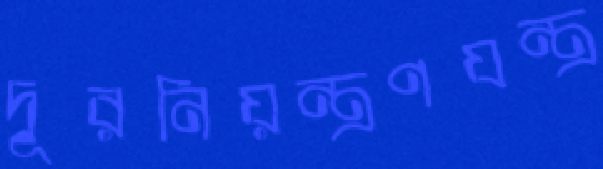
দূরনিয়ন্ত্রণযন্ত্র